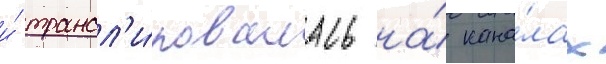
и́ трансл'и́ровалась на́ кана́лах